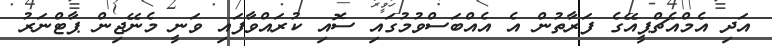
އަދި އެމްއެޗްޕީއޭގެ ފަރާތުން އެ އެއްބަސްވުމުގައި ސޮއި ކުރައްވާފައި ވަނީ މެނޭޖިން ޕާޓްނަރު